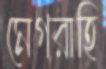
মেগরাহি